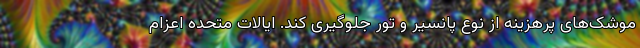
موشک‌های پرهزینه از نوع پانسیر و تور جلوگیری کند. ایالات متحده اعزام